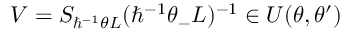
V = S _ { \hbar ^ { - 1 } \theta { \cal L } } ( \hbar ^ { - 1 } \theta _ { - } { \cal L } ) ^ { - 1 } \in { \cal U } ( \theta , \theta ^ { \prime } )